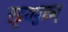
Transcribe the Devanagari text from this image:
एट्टयपुरम्